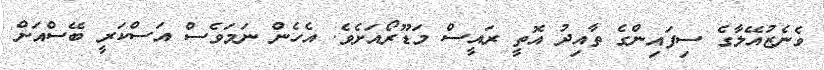
ވެނެޒުއޭލާގެ ސިފައިންގެ ތާއިދު އޮތީ ރައީސް މަޑޫރޯއަށެވެ. އެހެން ނަމަވެސް އަސްކަރީ ބޭސްއަށް